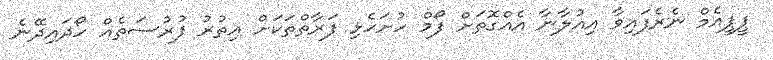
ޕީޕީއެމް ނެރެފައިވާ އިއުލާނާ އެއްގޮތަށް ފޯމް ހުށަހެޅި ފަރާތްތަކަށް އިތުރު ފުރުސަތެއް ހޯދައިދޭނެ